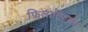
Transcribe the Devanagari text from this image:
फिलास्फिकल